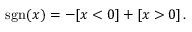
\ \operatorname { s g n } ( x ) = - [ x < 0 ] + [ x > 0 ] \, .